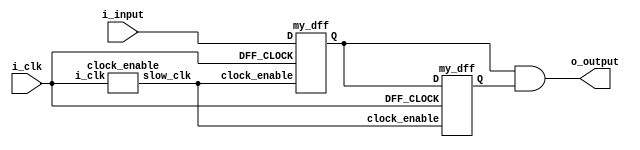
module debounce(input i_input, input i_clk, output o_output);
	wire slow_clk;
	wire Q1, Q2;
	clock_enable u1(i_clk, slow_clk);
	my_dff d1(i_clk, slow_clk, i_input, Q1);
	my_dff d2(i_clk, slow_clk, Q1, Q2);
	assign o_output = Q1 & Q2;
endmodule

// Slow clock enable for debouncing button 
module clock_enable(input i_clk, output slow_clk);
    reg [15:0] counter = 0;
    always @(posedge i_clk)
    begin
  		counter <= (counter >= 59999) ? 0 : counter + 1;
	end
    assign slow_clk = (counter == 59999) ? 1'b1 : 1'b0;
endmodule

// D-flip-flop with clock enable signal for debouncing module 
module my_dff(input DFF_CLOCK, input clock_enable, input D, output reg Q=0);
	always @ (posedge DFF_CLOCK) begin
  		if(clock_enable==1) 
        	Q <= D;
    end
endmodule